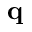
\mathbf { q }